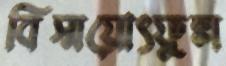
বিস্ময়োৎফুল্ল